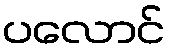
ပလောင်